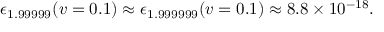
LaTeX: \epsilon _ { 1 . 9 9 9 9 9 } ( v = 0 . 1 ) \approx \epsilon _ { 1 . 9 9 9 9 9 9 } ( v = 0 . 1 ) \approx 8 . 8 \times 1 0 ^ { - 1 8 } .